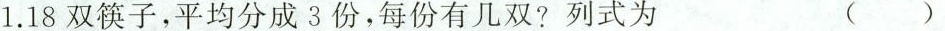
1.18双筷子，平均分成3份，每份有几双?列式为( )